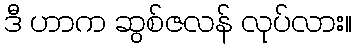
ဒီ ဟာက ဆွစ်ဇလန် လုပ်လား။